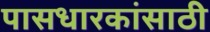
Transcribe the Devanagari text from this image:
पासधारकांसाठी